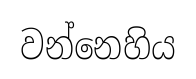
වන්නෙහිය